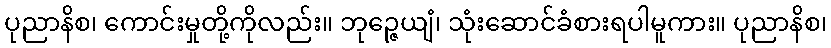
ပုညာနိစ၊ ကောင်းမှုတို့ကိုလည်း။ ဘုဉ္ဇေယျံ၊ သုံးဆောင်ခံစားရပါမူကား။ ပုညာနိစ၊